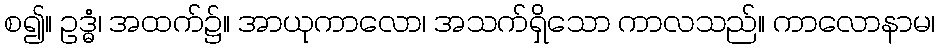
စ၍။ ဥဒ္ဓံ၊ အထက်၌။ အာယုကာလော၊ အသက်ရှိသော ကာလသည်။ ကာလောနာမ၊